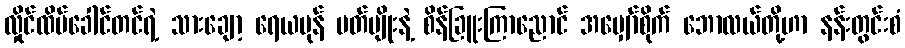
လှိုင်ထိပ်ခေါင်တင်ရဲ့ သားချော့ ရေယမုန် ပတ်ပျိုးနဲ့ စိန်ခြူးကြာညောင် အမျှော်စိုက် ဘောလယ်တို့ဟာ နန်းတွင်းစံ